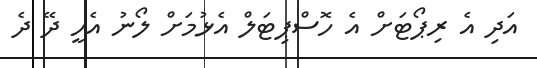
އަދި އެ ރިޕޯޓަށް އެ ހޮސްޕިޓަލް އެޅުމަށް ލޯނު އެހީ ދޭ ދެ